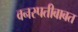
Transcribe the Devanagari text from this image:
वनस्पतीबाबत